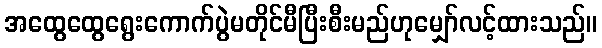
အထွေထွေရွေးကောက်ပွဲမတိုင်မီပြီးစီးမည်ဟုမျှော်လင့်ထားသည်။